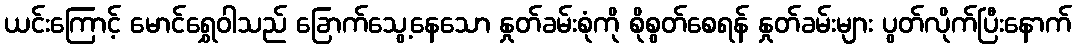
ယင်းကြောင့် မောင်ရွှေဝါသည် ခြောက်သွေ့နေသော နှုတ်ခမ်းစုံကို စိုစွတ်စေရန် နှုတ်ခမ်းများ ပွတ်လိုက်ပြီးနောက်